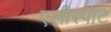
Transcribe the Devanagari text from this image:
एलीस्पॉट